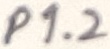
Text: P1.2